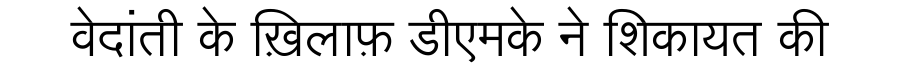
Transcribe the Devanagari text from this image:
वेदांती के ख़िलाफ़ डीएमके ने शिकायत की